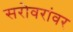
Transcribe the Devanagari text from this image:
सरोवरांवर